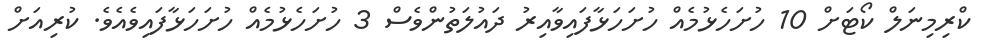
ކްރިމިނަލް ކޯޓަށް 10 ހުށަހެޅުމެއް ހުށަހަޅާފައިވާއިރު ދައުލަތުންވެސް 3 ހުށަހެޅުމެއް ހުށަހަޅާފައިވެއެވެ. ކުރިއަށް